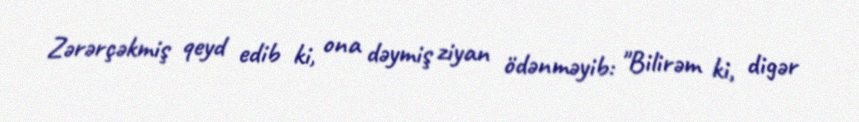
Zərərçəkmiş qeyd edib ki, ona dəymiş ziyan ödənməyib: "Bilirəm ki, digər